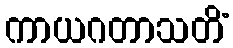
ကာယဂတာသတိံ